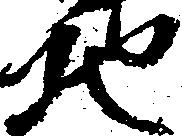
地